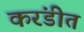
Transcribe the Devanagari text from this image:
करंडीत